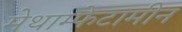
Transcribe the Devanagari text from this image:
मेथाम्फेटामीन